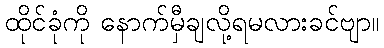
ထိုင်ခုံကို နောက်မှီချလို့ရမလားခင်ဗျာ။